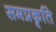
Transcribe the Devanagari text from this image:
समप्रकृति